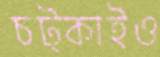
চট্‌কাইও